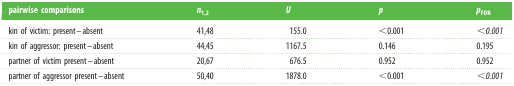
<table><thead><tr><td><b>pairwise comparisons</b></td><td><b><i>n</i><sub>1,2</sub></b></td><td><b><i>U</i></b></td><td><b><i>p</i></b></td><td><b><i>p</i><sub>FDR</sub></b></td></tr></thead><tbody><tr><td>kin of victim: present–absent</td><td>41,48</td><td>155.0</td><td>&lt;0.001</td><td><i>&lt;0.001</i></td></tr><tr><td>kin of aggressor: present–absent</td><td>44,45</td><td>1167.5</td><td>0.146</td><td>0.195</td></tr><tr><td>partner of victim present–absent</td><td>20,67</td><td>676.5</td><td>0.952</td><td>0.952</td></tr><tr><td>partner of aggressor present–absent</td><td>50,40</td><td>1878.0</td><td>&lt;0.001</td><td><i>&lt;0.001</i></td></tr></tbody></table>